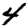
Digit: 4